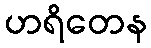
ဟရိတေန